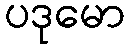
ပဒုမော